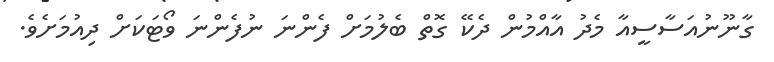
ގާނޫނުއަސާސީއާ މެދު އާއްމުން ދެކޭ ގޮތް ބެލުމަށް ފެންނަ ނުފެންނަ ވޯޓަކަށް ދިއުމަށެވެ.